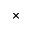
\times